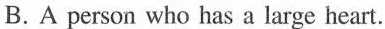
B.A person who has a large heart.